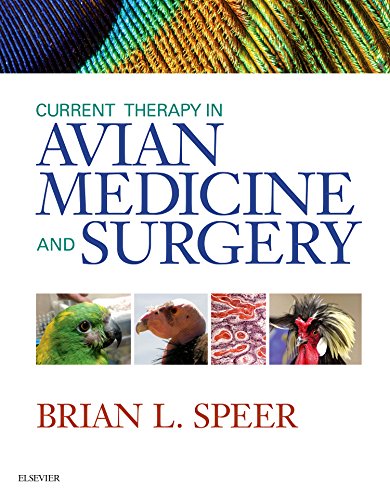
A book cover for Current Therapy in Avian Medicine and Surgery, 1e; Brian Speer DVN DipECZM (Avian) DiplABVP (Avian); Medical Books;